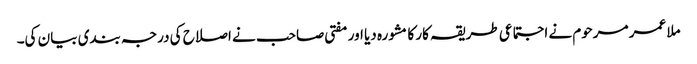
ملا عمر مرحوم نے اجتماعی طریقہ کار کا مشورہ دیا اور مفتی صاحب نے اصلاح کی درجہ بندی بیان کی۔